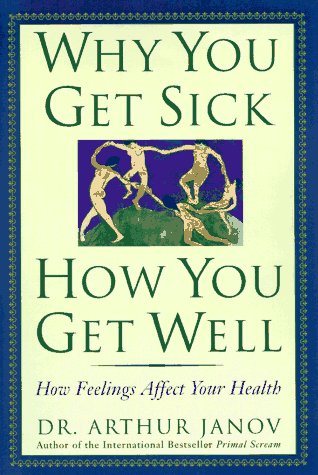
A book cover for Why You Get Sick and How You Get Well: The Healing Power of Feelings; Arthur Janov; Health, Fitness & Dieting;